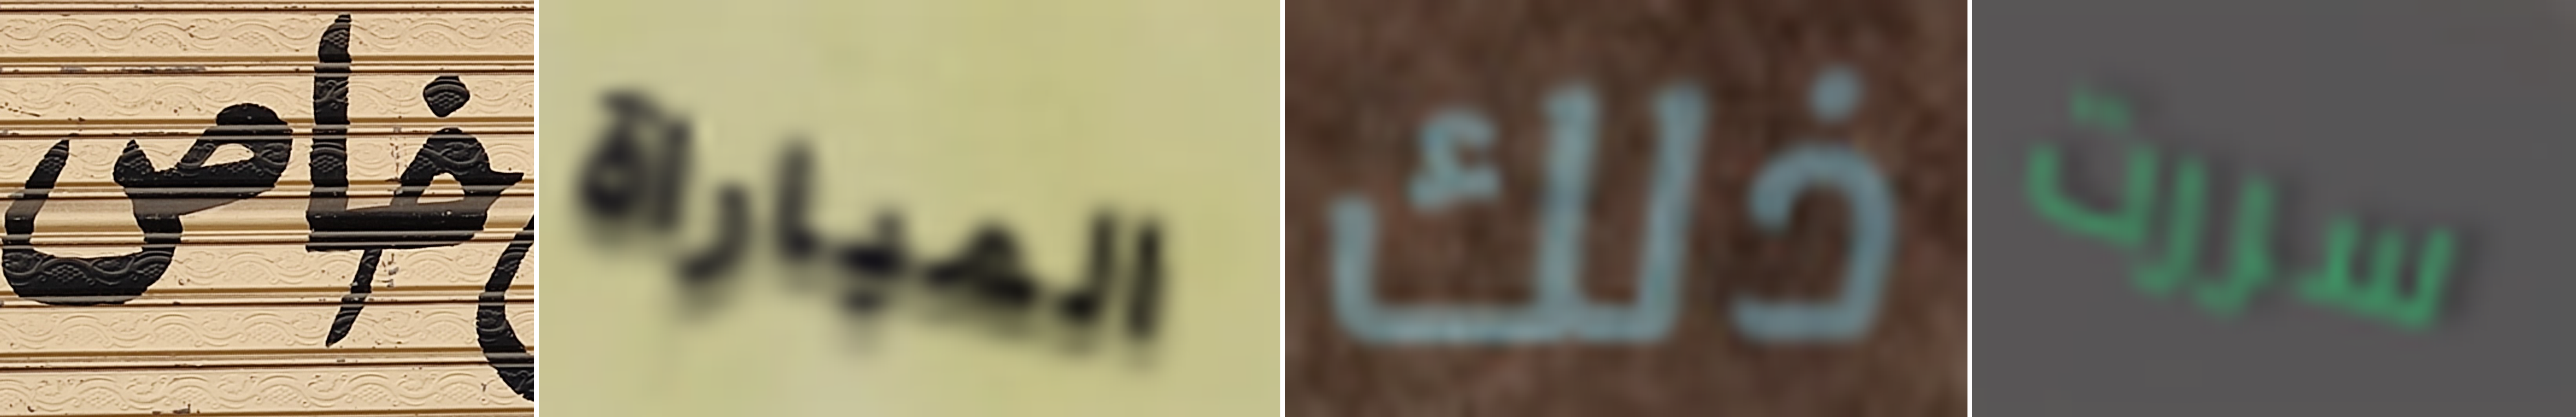
خاص المباراة ذلك سررت